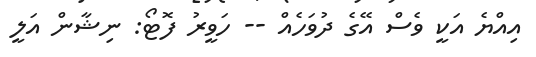
އިއްޔެ އަކީ ވެސް އޭގެ ދުވަހެއް -- ހަވީރު ފޮޓޯ: ނިޝާން އަލީ